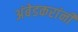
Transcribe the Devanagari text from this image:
अंबेडकरांनी